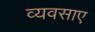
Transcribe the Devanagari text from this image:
व्यवसाए